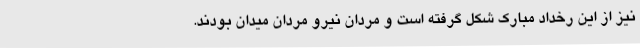
نیز از این رخداد مبارک شکل گرفته است و مردان نیرو مردان میدان بودند.